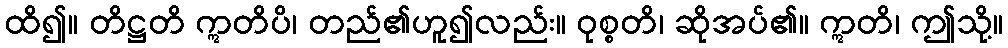
ထိ၍။ တိဋ္ဌတိ ဣတိပိ၊ တည်၏ဟူ၍လည်း။ ဝုစ္စတိ၊ ဆိုအပ်၏။ ဣတိ၊ ဤသို့။